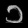
Digit: ၁